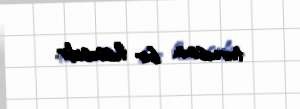
turnesinin bir hissəsidir.